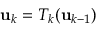
{ \bf u } _ { k } = T _ { k } ( { \bf u } _ { k - 1 } )